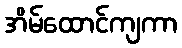
အိမ်ထောင်ကျကာ